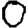
Digit: 0